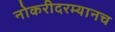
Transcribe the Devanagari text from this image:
नोकरीदरम्यानच